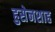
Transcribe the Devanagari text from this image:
हुसेनशाह